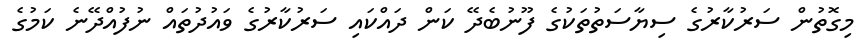
މިގޮތުން ސަރުކާރުގެ ސިޔާސަތުތަކުގެ ފޫނުބެދޭ ކަން ދައްކައި ސަރުކާރުގެ ވައުދުތައް ނުފުއްދޭނެ ކަމުގެ